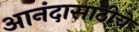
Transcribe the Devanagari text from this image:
आनंदासाठीचे